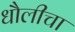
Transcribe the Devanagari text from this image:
धौलीचा